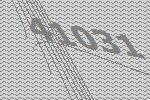
41031